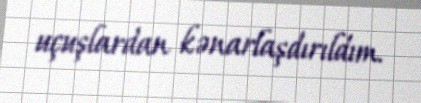
uçuşlardan kənarlaşdırıldım.